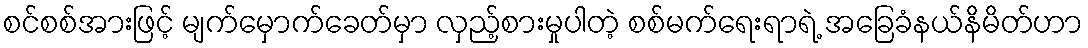
စင်စစ်အားဖြင့် မျက်မှောက်ခေတ်မှာ လှည့်စားမှုပါတဲ့ စစ်မက်ရေးရာရဲ့ အခြေခံနယ်နိမိတ်ဟာ